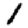
Digit: 1